Report of the Indian Hemp Drugs Commission, 1894-1895 - Volume III
Year: 1894
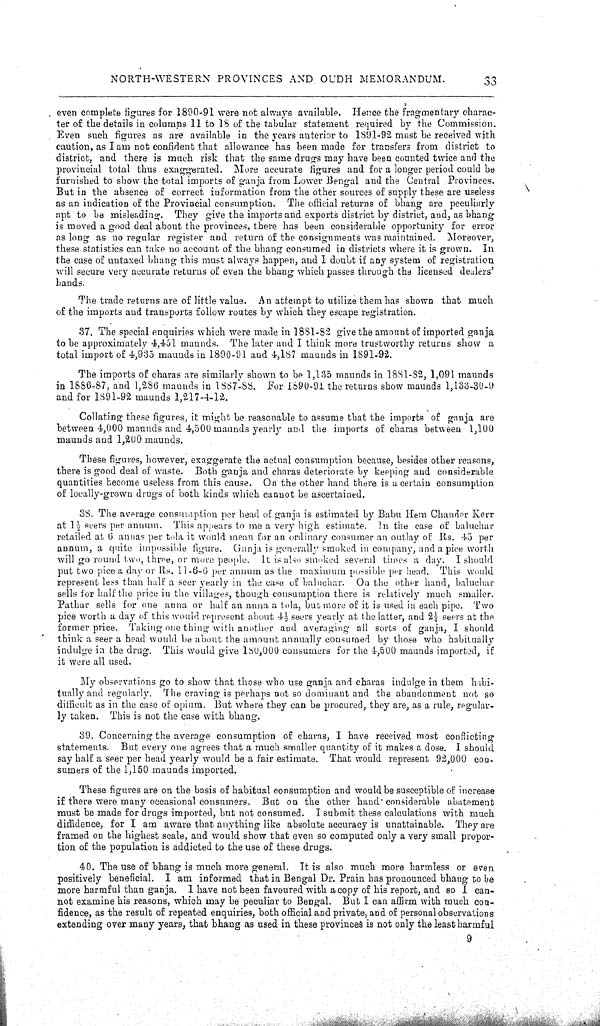
NORTH-WESTERN PROVINCES AND OUDH MEMORANDUM.
33
even complete figures for 1890-91 were not always available. Hence the fragmentary charac-
ter of the details in columns 11 to 18 of the tabular statement required by the Commission.
Even such figures as are available in the years anterior to 1891-92 must be received with
caution, as I am not confident that allowance has been made for transfers from district to
district, and there is much risk that the same drugs may have been counted twice and the
provincial total thus exaggerated. More accurate figures and for a longer period could be
furnished to show the total imports of ganja from Lower Bengal and the Central Provinces.
But in the absence of correct information from the other sources of supply these are useless
as an indication of the Provincial consumption. The official returns of bhang are peculiarly
apt to be misleading. They give the imports and exports district by district, and, as bhang
is moved a good deal about the provinces, there has been considerable opportunity for error
as long as no regular register and return of the consignments was maintained. Moreover,
these statistics can take no account of the bhang consumed in districts where it is grown. In
the case of untaxed bhang this must always happen, and I doubt if any system of registration
will secure very accurate returns of even the bhang which passes through the licensed dealers'
hands.
The trade returns are of little value. An attempt to utilize them has shown that much
of the imports and transports follow routes by which they escape registration.
37. The special enquiries which were made in 1881-82 give the amount of imported ganja
to be approximately 4,451 maunds. The later and I think more trustworthy returns show a
total import of 4,935 maunds in 1890-91 and 4,187 maunds in 1891-92.
The imports of charas are similarly shown to be 1,135 maunds in 1881-82, 1,091 maunds
in 1886-87, and 1,286 maunds in 1887-88. For 1890-91 the returns show maunds 1,133-30-9
and for 1891-92 maunds 1,217-4-12.
Collating these figures, it might be reasonable to assume that the imports of ganja are
between 4,000 maunds and 4,500 maunds yearly and the imports of charas between 1,100
maunds and 1,200 maunds.
These figures, however, exaggerate the actual consumption because, besides other reasons,
there is good deal of waste. Both ganja and charas deteriorate by keeping and considerable
quantities become useless from this cause. On the other hand there is a certain consumption
of locally-grown drugs of both kinds which cannot be ascertained.
38. The average consumption per head of ganja is estimated by Babu Hem Chander Kerr
at 1½ seers per annum. This appears to me a very high estimate. In the case of baluchar
retailed at 6 annas per tola it would mean for an ordinary consumer an outlay of Rs. 45 per
annum, a quite impossible figure. Ganja is generally smoked in company, and a pice worth
will go round two, three, or more people. It is also smoked several times a day. I should
put two pice a day or Rs. 11-6-6 per annum as the maximum possible per head. This would
represent less than half a seer yearly in the case of baluchar. On the other hand, baluchar
sells for half the price in the villages, though consumption there is relatively much smaller.
Pathar sells for one anna or half an anna a tola, but more of it is used in each pipe. Two
pice worth a day of this would represent about 41/2 seers yearly at the latter, and 21/4 seers at the
former price. Taking one thing with another and averaging all sorts of ganja, I should
think a seer a head would be about the amount annually consumed by those who habitually
indulge in the drug. This would give 180,000 consumers for the 4,500 maunds imported, if
it were all used.
My observations go to show that those who use ganja and charas indulge in them habi-
tually and regularly. The craving is perhaps not so dominant and the abandonment not so
difficult as in the case of opium. But where they can be procured, they are, as a rule, regular-
ly taken. This is not the case with bhang.
39. Concerning the average consumption of charas, I have received most conflicting
statements. But every one agrees that a much smaller quantity of it makes a dose. I should
say half a seer per head yearly would be a fair estimate. That would represent 92,000 con-
sumers of the 1,150 maunds imported.
These figures are on the basis of habitual consumption and would be susceptible of increase
if there were many occasional consumers. But on the other hand considerable abatement
must be made for drugs imported, but not consumed. I submit these calculations with much
diffidence, for I am aware that anything like absolute accuracy is unattainable. They are
framed on the highest scale, and would show that even so computed only a very small propor-
tion of the population is addicted to the use of these drugs.
40. The use of bhang is much more general. It is also much more harmless or even
positively beneficial. I am informed that in Bengal Dr. Prain has pronounced bhang to be
more harmful than ganja. I have not been favoured with a copy of his report, and so I can-
not examine his reasons, which may be peculiar to Bengal. But I can affirm with much con-
fidence, as the result of repeated enquiries, both official and private, and of personal observations
extending over many years, that bhang as used in these provinces is not only the least harmful
9